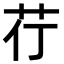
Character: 𮎡